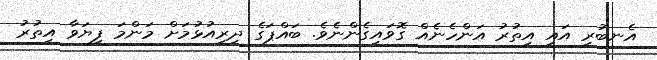
އެނބުރި އައީ އިތުރު އަންހެނެއް ގޮވައިގެންނެވެ. ބައްޕަގެ ދިރިއުޅުމަށް މަންމަ ފިޔަވާ އިތުރު